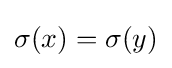
\sigma (x)=\sigma (y)